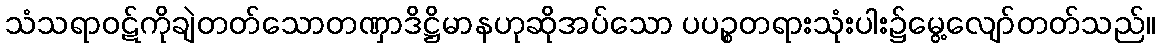
သံသရာဝဋ်ကိုချဲတတ်သောတဏှာဒိဋ္ဌိမာနဟုဆိုအပ်သော ပပဉ္စတရားသုံးပါး၌မွေ့လျော်တတ်သည်။